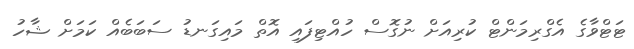
ޓަޓްވާގެ އެގްރިމަންޓް ކުރިއަށް ނުގޮސް ހުއްޓިފައި އޮތް މައިގަނޑު ސަބަބެއް ކަމަށް ޝާހު